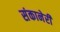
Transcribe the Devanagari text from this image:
संकानेरी